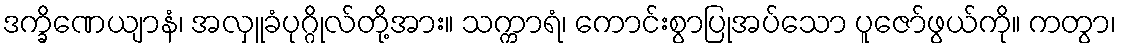
ဒက္ခိဏေယျာနံ၊ အလှူခံပုဂ္ဂိုလ်တို့အား။ သက္ကာရံ၊ ကောင်းစွာပြုအပ်သော ပူဇော်ဖွယ်ကို။ ကတွာ၊